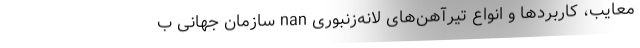
معایب، کاربردها و انواع تیرآهن‌های لانه‌زنبوری nan سازمان جهانی ب